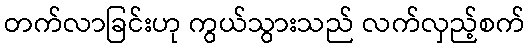
တက်လာခြင်းဟု ကွယ်သွားသည် လက်လှည့်စက်